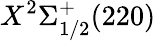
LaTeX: X^{2}\Sigma_{1/2}^{+}(220)